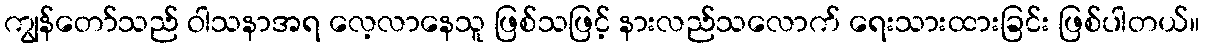
ကျွန်တော်သည် ဝါသနာအရ လေ့လာနေသူ ဖြစ်သဖြင့် နားလည်သလောက် ရေးသားထားခြင်း ဖြစ်ပါတယ်။